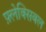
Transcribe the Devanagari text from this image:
फ़्लेक्सिबल